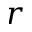
r